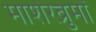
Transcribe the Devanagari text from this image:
माशेरब्रुमों